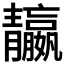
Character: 𩇤